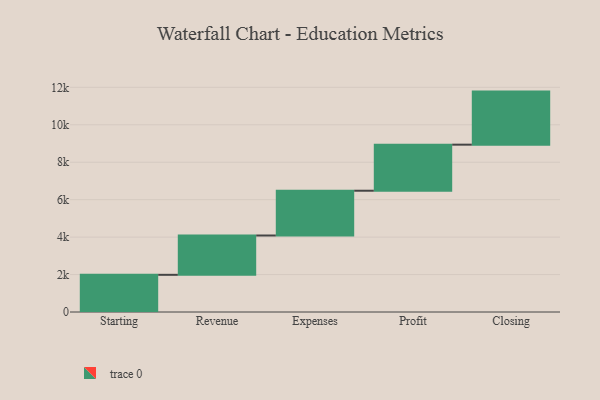
{"axis": {"x": "Step", "y": "Value"}, "legend": [""], "data": [{"x": "Starting", "y": 1986.0, "type": ""}, {"x": "Revenue", "y": 2100.0, "type": ""}, {"x": "Expenses", "y": 2392.0, "type": ""}, {"x": "Profit", "y": 2460.0, "type": ""}, {"x": "Closing", "y": 2834.0, "type": ""}]}